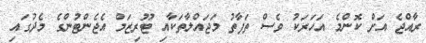
ރާއްޖެ އަށް ކޮންމެ އަހަރަކު ވެސް ތަފާތު މަޖައްލާތަކާއި ޓޫރިޒަމް އެޖެންޓުންގެ މެދުގައި